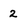
Character: 2